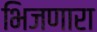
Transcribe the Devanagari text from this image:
भिजणारा